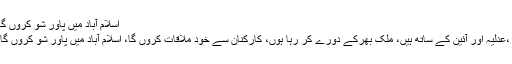
اسلام آباد میں پاور شو کروں گا بتاؤں گا کہ انہیں کیوں نکالا گیا
انکا کہنا تھا کہ پاکستان کےعوام ،عدلیہ اور آئین کے ساتھ ہیں، ملک بھرکے دورے کر رہا ہوں، کارکنان سے خود ملاقات کروں گا، اسلام آباد میں پاور شو کروں گا بتاؤں گا کہ انہیں کیوں نکالا گیا۔